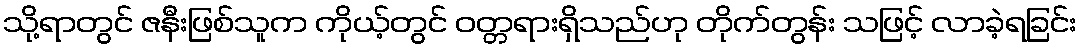
သို့ရာတွင် ဇနီးဖြစ်သူက ကိုယ့်တွင် ဝတ္တရားရှိသည်ဟု တိုက်တွန်း သဖြင့် လာခဲ့ရခြင်း